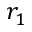
r _ { 1 }